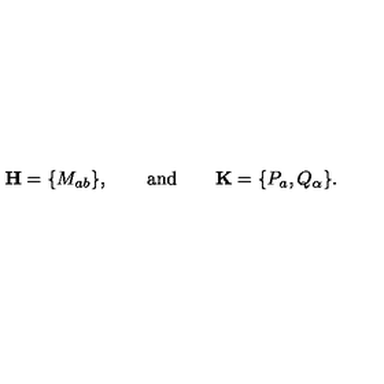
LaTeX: { \bf H } = \{ M _ { a b } \} , \qquad \mathrm { a n d } \qquad { \bf K } = \{ P _ { a } , Q _ { \alpha } \} .